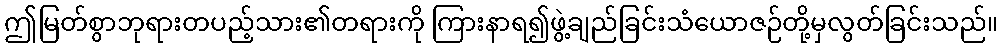
ဤမြတ်စွာဘုရားတပည့်သား၏တရားကို ကြားနာရ၍ဖွဲ့ချည်ခြင်းသံယောဇဉ်တို့မှလွတ်ခြင်းသည်။